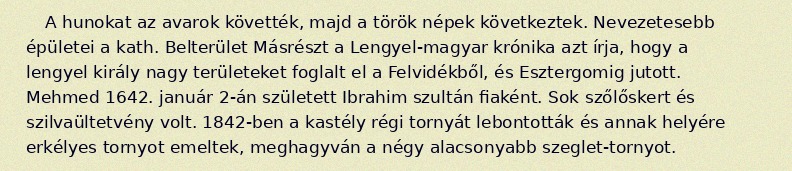
A hunokat az avarok követték, majd a török népek következtek. Nevezetesebb épületei a kath. Belterület Másrészt a Lengyel-magyar krónika azt írja, hogy a lengyel király nagy területeket foglalt el a Felvidékből, és Esztergomig jutott. Mehmed 1642. január 2-án született Ibrahim szultán fiaként. Sok szőlőskert és szilvaültetvény volt. 1842-ben a kastély régi tornyát lebontották és annak helyére erkélyes tornyot emeltek, meghagyván a négy alacsonyabb szeglet-tornyot.